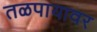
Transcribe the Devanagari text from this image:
तळपायावर